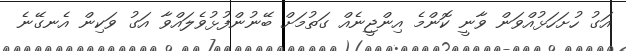
އަގު ހުށަހަޅުއްވަން ވާނީ ކޮންމެ އިންޖީނެއް ގަތުމަށް ބޭނުންފުޅުވެލައްވާ އަގު ވަކިން އެނގޭނެ